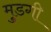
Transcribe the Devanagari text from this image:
मुडगी